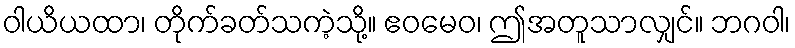
ဝါယိယထာ၊ တိုက်ခတ်သကဲ့သို့။ ဧဝမေဝ၊ ဤအတူသာလျှင်။ ဘဂဝါ၊